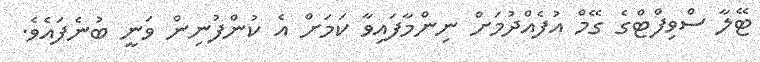
ޓޭލާ ސްވިފްޓްގެ ގޭމް އުފެއްދުމަށް ނިންމާފައިވާ ކަމަށް އެ ކުންފުނިން ވަނީ ބުނެފައެވެ.